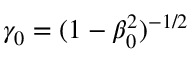
\gamma _ { 0 } = ( 1 - \beta _ { 0 } ^ { 2 } ) ^ { - 1 / 2 }